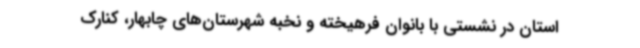
استان در نشستی با بانوان فرهیخته و نخبه شهرستان‌های چابهار، کنارک